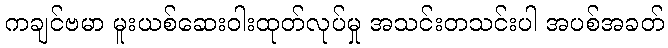
ကချင်ဗမာ မူးယစ်ဆေးဝါးထုတ်လုပ်မှု အသင်းတသင်းပါ အပစ်အခတ်